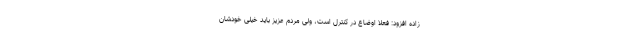
زاده افزود: فعلا اوضاع در کنترل است، ولی مردم عزیز باید خیلی خودشان